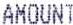
AMOUNT